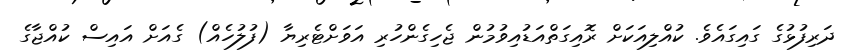
ދަރިފުޅުގެ ގައިގައެވެ. ކުއްލިއަކަށް ރޮއިގަތްއަޑުއިވުމުން ޖެހިގެންހުރި އަވަށްޓެރިޔާ (ފުލުހެއް) ގެއަށް އައިސް ކުއްޖާގެ